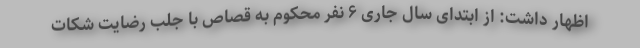
اظهار داشت: از ابتدای سال جاری ۶ نفر محکوم به قصاص با جلب رضایت شکات